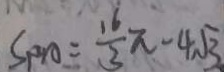
S _ { P A } = \frac { 1 6 } { 3 } \pi - 4 \sqrt { 3 } .